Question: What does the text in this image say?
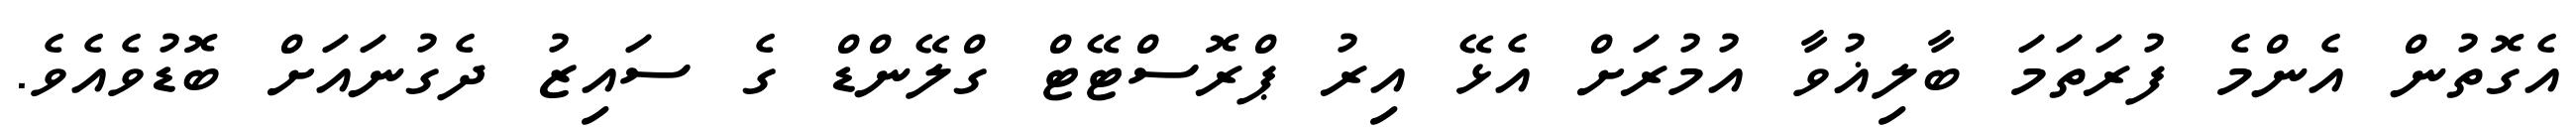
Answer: އެގޮތުން އެންމެ ފުރަތަމަ ބާލިޣުވާ އުމުރަށް އެޅޭ އިރު ޕްރޮސްޓޭޓް ގްލޭންޑް ގެ ސައިޒު ދެގުނައަށް ބޮޑުވެއެވެ.